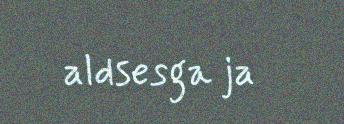
aldsesga ja